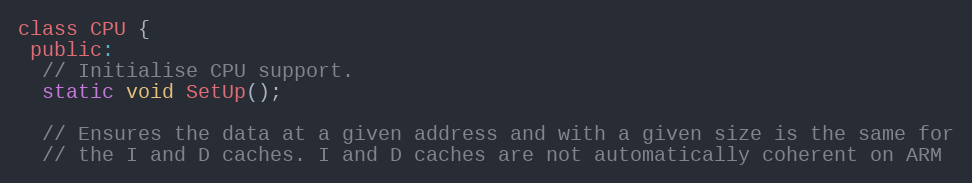
Language: C
class CPU {
 public:
  // Initialise CPU support.
  static void SetUp();

  // Ensures the data at a given address and with a given size is the same for
  // the I and D caches. I and D caches are not automatically coherent on ARM